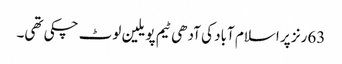
63رنز پر اسلام آباد کی آدھی ٹیم پویلین لوٹ چکی تھی۔